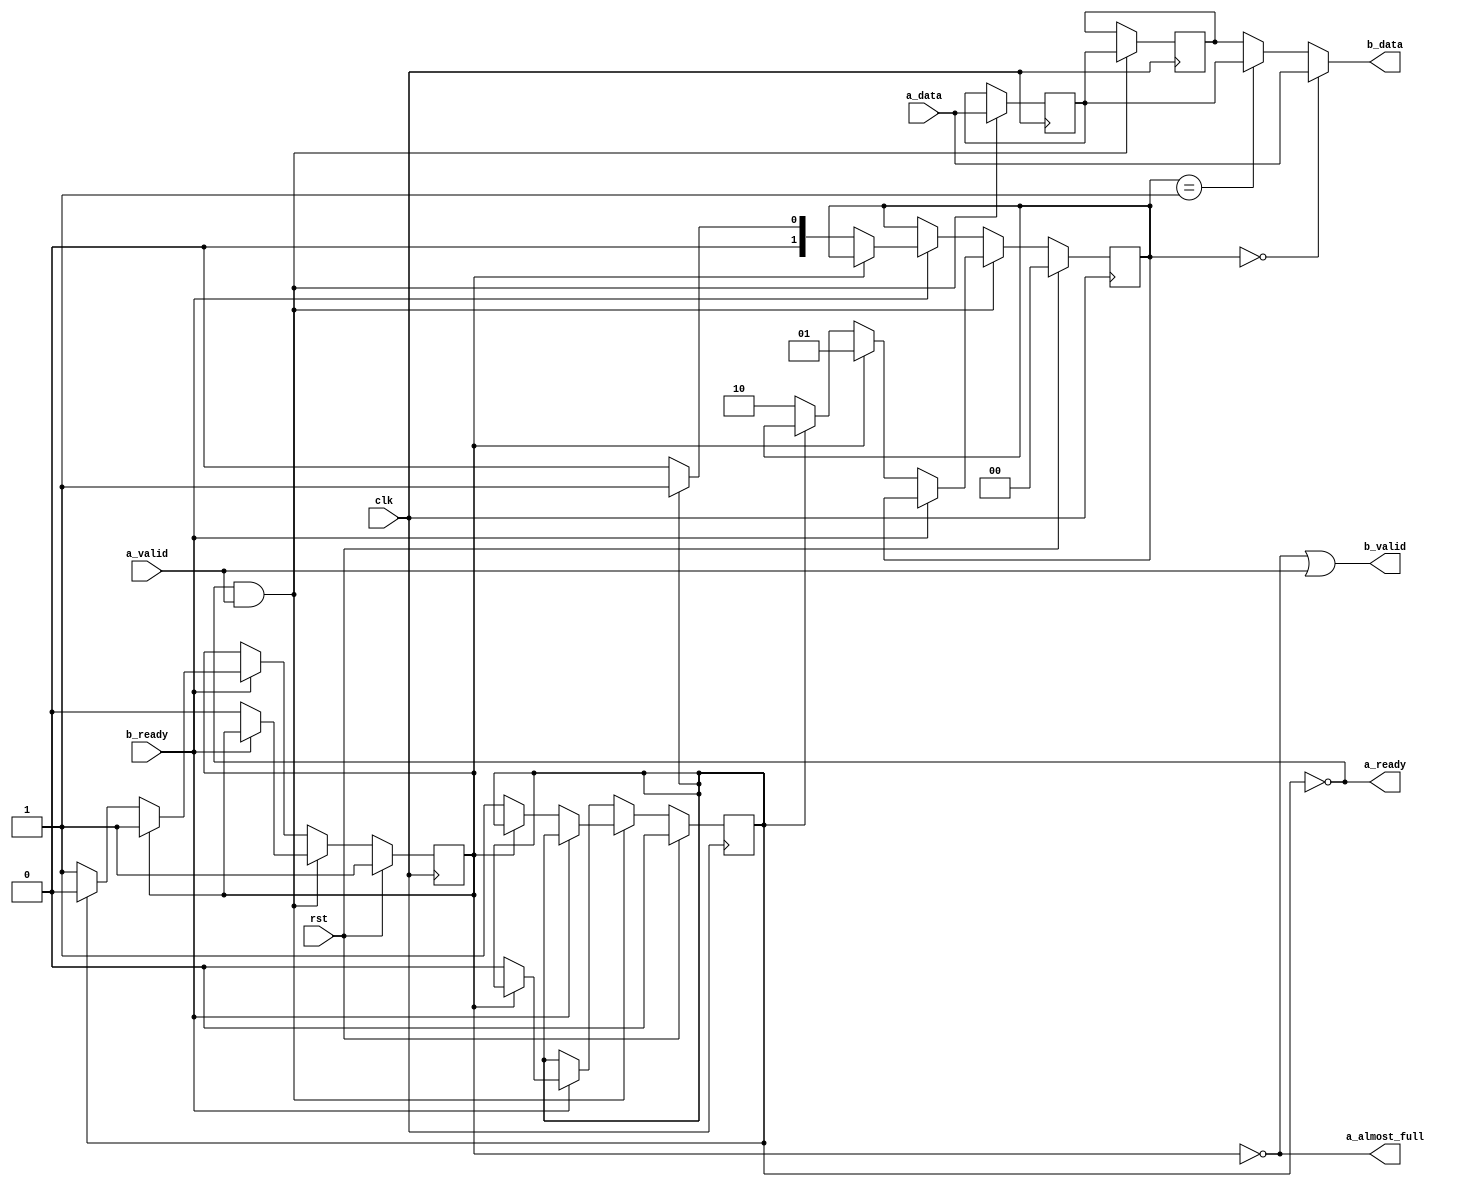
module fifo_2d_fwft (
    input  wire             clk,
    input  wire             rst,
    input  wire [WIDTH-1:0] a_data,
    input  wire             a_valid,
    output wire             a_ready,
    output wire             a_almost_full,
    output wire [WIDTH-1:0] b_data,
    output wire             b_valid,
    input  wire             b_ready
);

    parameter WIDTH = 64;

    reg [WIDTH-1:0] fifo_top;
    reg [WIDTH-1:0] fifo_bottom;
    reg fifo_empty;
    reg fifo_full;
    reg [1:0] rd_ptr;
    always @(posedge clk) begin
        if (a_ready && a_valid) begin
            fifo_top <= a_data;
            fifo_bottom <= fifo_top;
            if (!b_ready) begin
                // Enqueue
                if (fifo_empty) begin
                    rd_ptr <= 2'd1;
                    fifo_empty <= 1'b0;
                end
                else if (fifo_full) begin
                    // Cry
                    $display("IF FIFO overflow!");
                end
                else begin
                    rd_ptr <= 2'd2;
                    fifo_full <= 1'b1;
                end
            end
            else begin
                // Data coming in and out normally
            end
        end
        else if (b_ready) begin
            // Dequeue
            if (fifo_empty) begin
                // Cry
            end
            else if (fifo_full) begin
                fifo_full <= 1'b0;
                rd_ptr <= 2'd1;
            end
            else begin
                fifo_empty <= 1'b1;
                rd_ptr <= 2'd0;
            end
        end
        if (rst) begin
            fifo_full <= 1'b0;
            fifo_empty <= 1'b1;
            rd_ptr <= 2'd0;
        end
    end
    assign b_valid = !fifo_empty || a_valid;
    assign b_data = (rd_ptr == 2'd0) ? a_data :
            (rd_ptr == 2'd1) ? fifo_top : fifo_bottom;
    assign a_ready = !fifo_full;
    assign a_almost_full = !fifo_empty;

endmodule